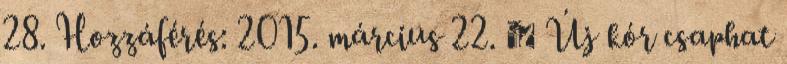
28. Hozzáférés: 2015. március 22. ↑ Új kór csaphat